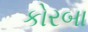
કોરબા